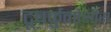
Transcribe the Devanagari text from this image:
टूबर्कुलोसीस